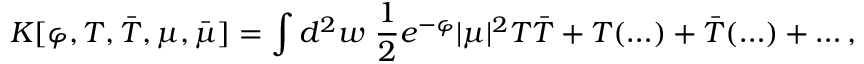
K [ \varphi , T , \bar { T } , \mu , \bar { \mu } ] = \int d ^ { 2 } w \, \, { \frac { 1 } { 2 } } e ^ { - \varphi } | \mu | ^ { 2 } T \bar { T } + T ( \ldots ) + \bar { T } ( \ldots ) + \ldots ,